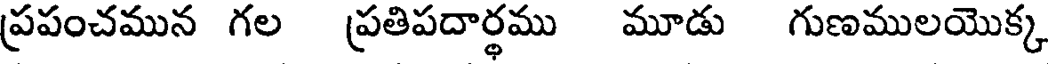
ప్రపంచమున గల ప్రతిపదార్థము మూడు గుణములయొక్క